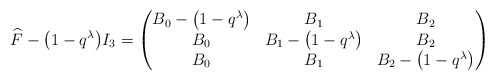
\begin{align*}\widehat{F}-\big(1-q^{\lambda}\big)I_3 = \begin{pmatrix} B_0-\big(1-q^{\lambda}\big) & B_1 & B_2\\ B_0 & B_1-\big(1-q^{\lambda}\big) & B_2\\ B_0 & B_1 & B_2-\big(1-q^{\lambda}\big) \end{pmatrix}\end{align*}